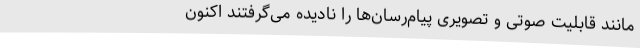
مانند قابلیت صوتی و تصویری پیام‌رسان‌ها را نادیده می‌گرفتند اکنون